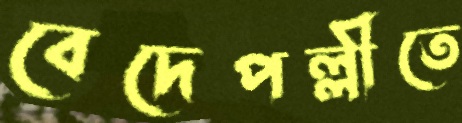
বেদেপল্লীতে